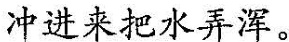
冲进来把水弄浑。